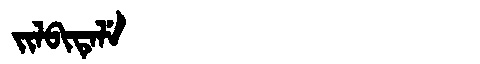
Manchu: ᠵᡳᠯᠪᡳᡨᡝᠯᡝ
Romanization: JILBITELE